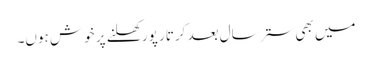
میں بھی ستر سال بعد کرتار پور کھلنے پر خوش ہوں۔